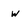
Character: w